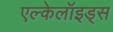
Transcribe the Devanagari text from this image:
एल्केलॉइड्स